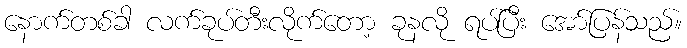
နောက်တစ်ခါ လက်ခုပ်တီးလိုက်တော့ ခုနလို ရပ်ပြီး အော်ပြန်သည်။